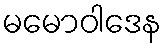
မမောဝါဒေန